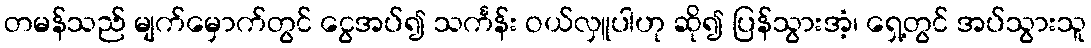
တမန်သည် မျက်မှောက်တွင် ငွေအပ်၍ သင်္ကန်း ဝယ်လှူပါဟု ဆို၍ ပြန်သွားအံ့၊ ရှေ့တွင် အပ်သွားသူ